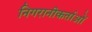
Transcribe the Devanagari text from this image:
निगरानीकर्ताओं